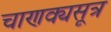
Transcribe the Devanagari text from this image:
चाणक्यसूत्र